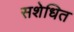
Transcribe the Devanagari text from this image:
सशेधित